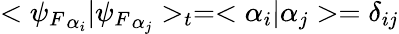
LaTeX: <{\psi_{F}}_{\alpha_{i}}|{\psi_{F}}_{\alpha_{j}}>_{t}=<\alpha_{i}|\alpha_{j}>=\delta_{ij}